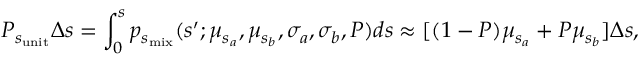
P _ { s _ { \mathrm { u n i t } } } \Delta s = \int _ { 0 } ^ { s } p _ { s _ { \mathrm { m i x } } } ( s ^ { \prime } ; \mu _ { s _ { a } } , \mu _ { s _ { b } } , \sigma _ { a } , \sigma _ { b } , P ) d s \approx [ ( 1 - P ) \mu _ { s _ { a } } + P \mu _ { s _ { b } } ] \Delta s ,